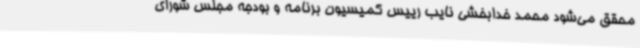
محقق می‌شود محمد خدابخشی نایب رییس کمیسیون برنامه و بودجه مجلس شورای